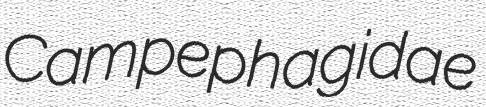
Campephagidae